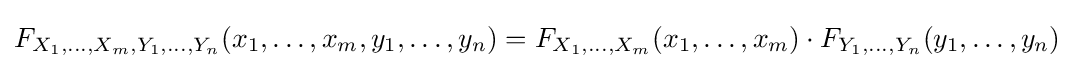
F_{X_{1},\ldots ,X_{m},Y_{1},\ldots ,Y_{n}}(x_{1},\ldots ,x_{m},y_{1},\ldots ,y_{n})=F_{X_{1},\ldots ,X_{m}}(x_{1},\ldots ,x_{m})\cdot F_{Y_{1},\ldots ,Y_{n}}(y_{1},\ldots ,y_{n})